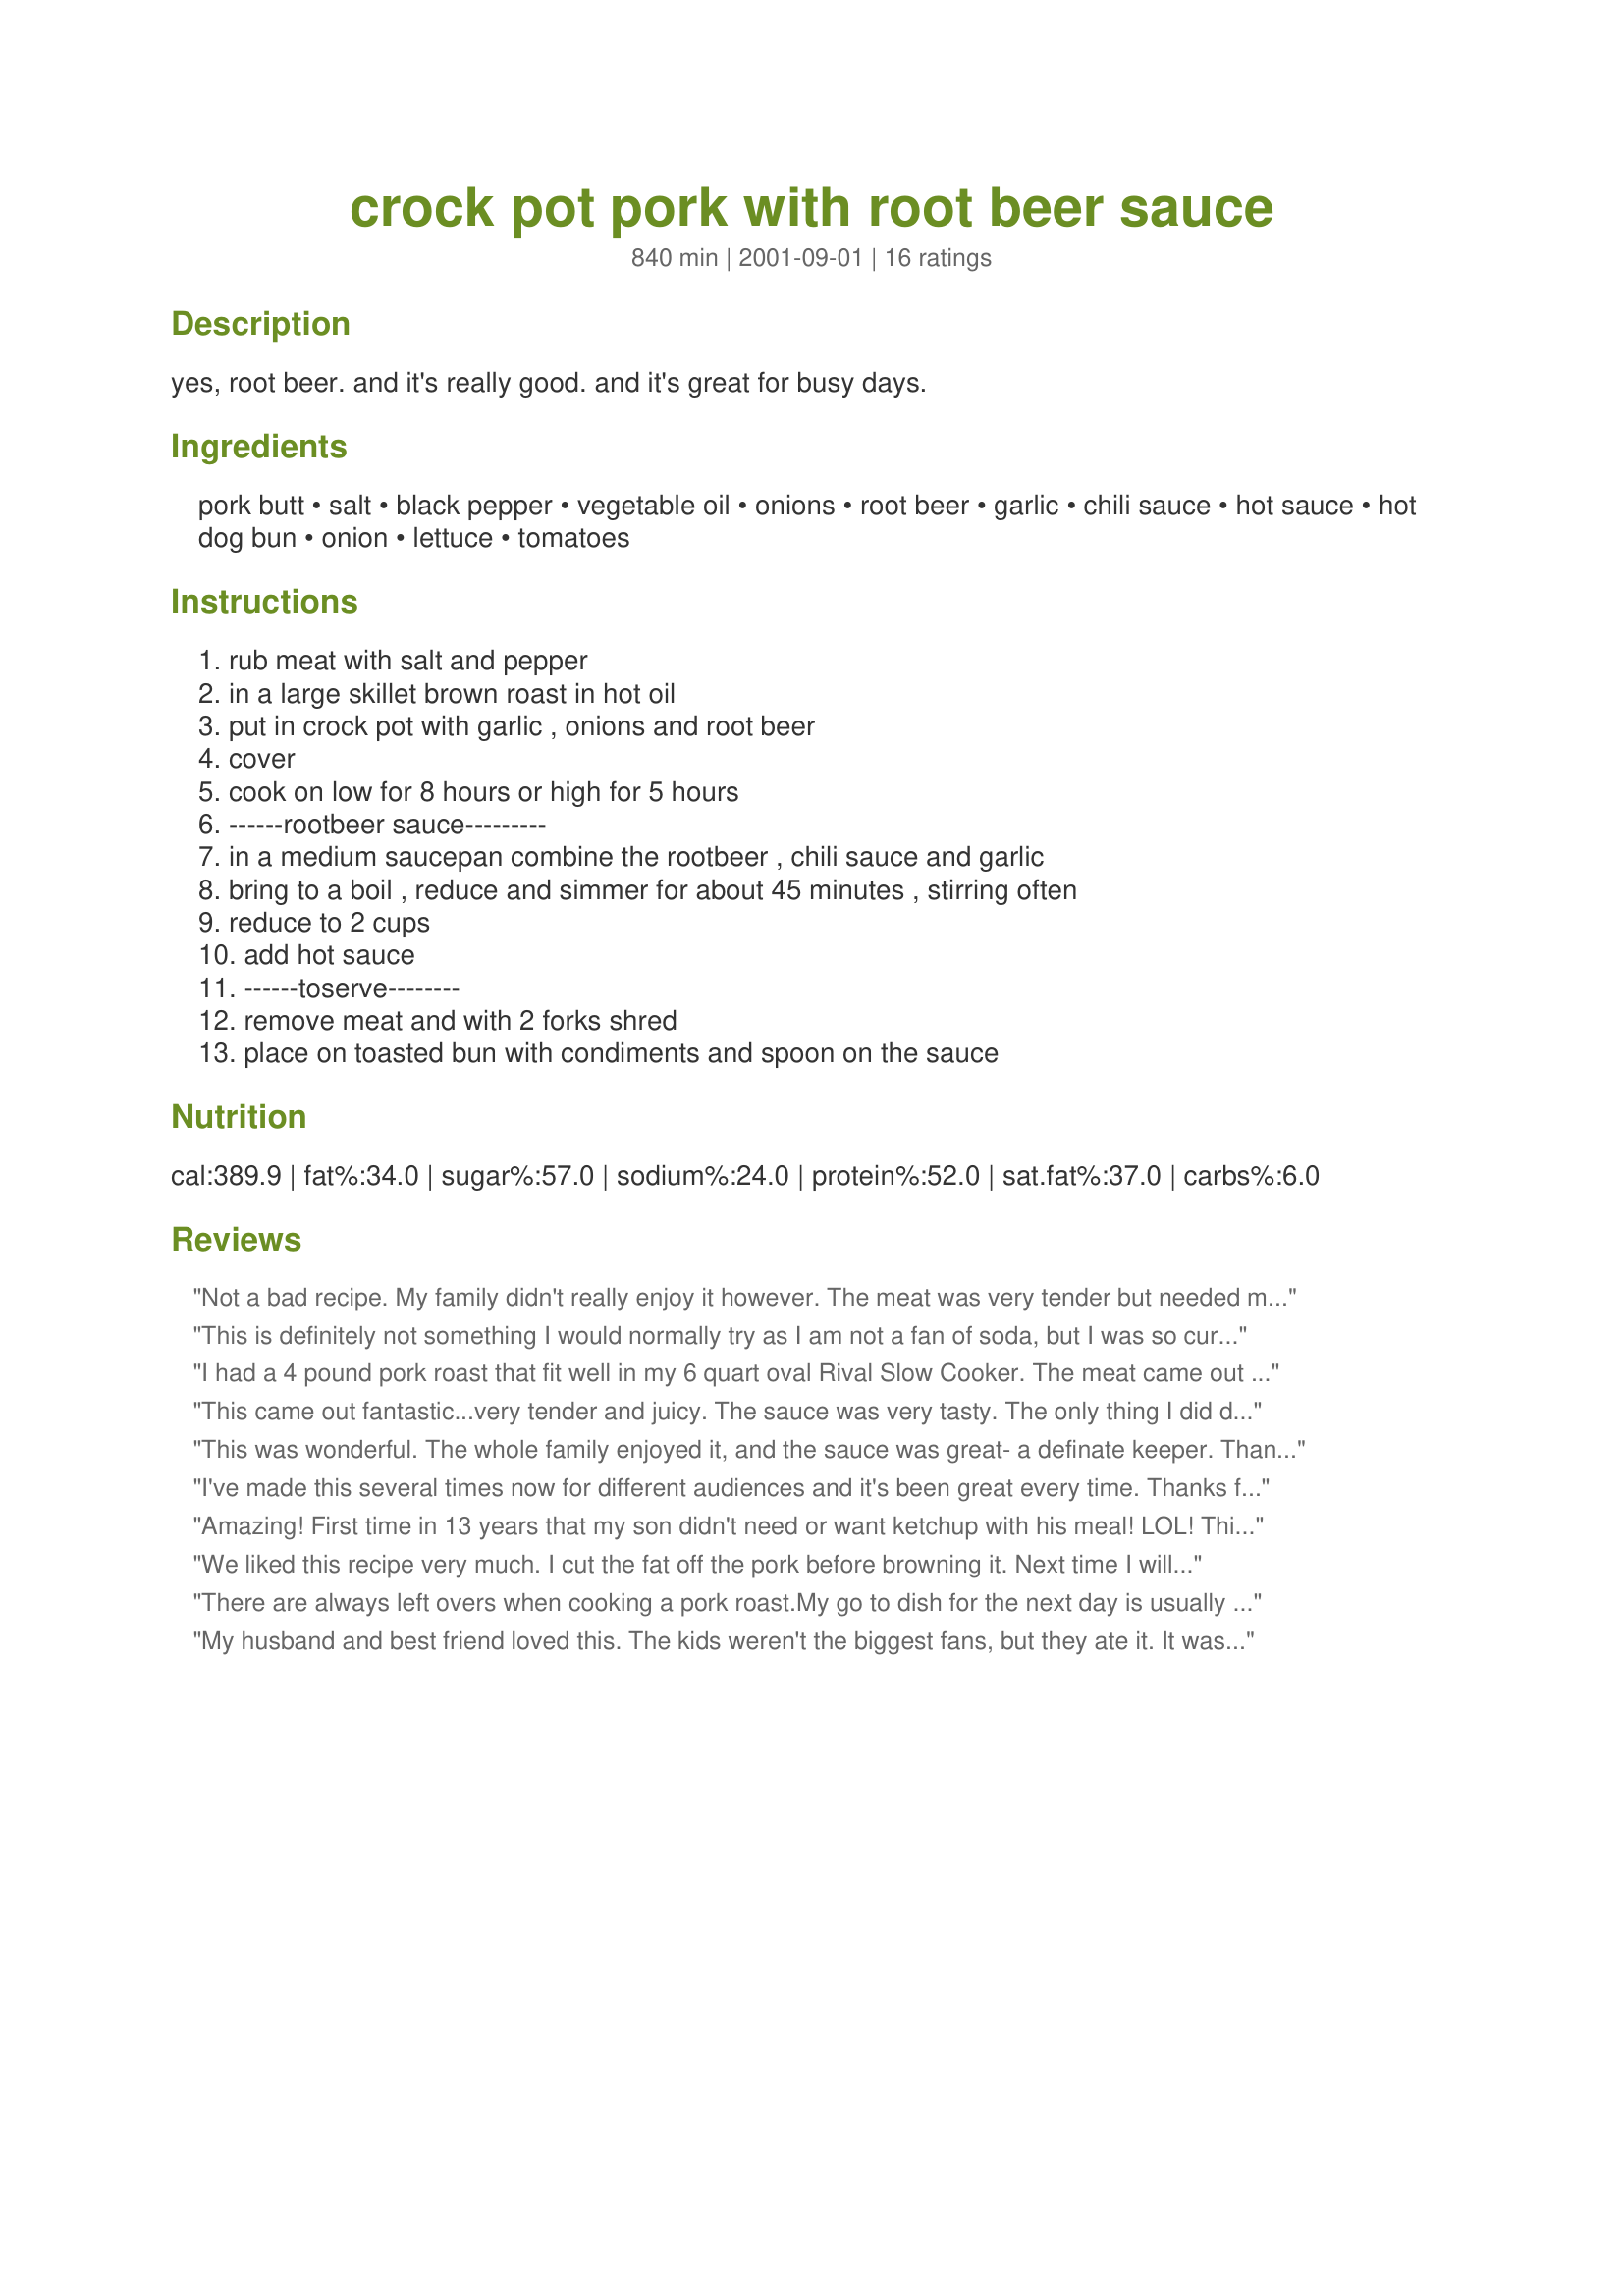
crock pot pork with root beer sauce
Preparation time: 840 minutes

yes, root beer. and it's really good. and it's great for busy days.

Ingredients:
pork butt, salt, black pepper, vegetable oil, onions, root beer, garlic, chili sauce, hot sauce, hot dog bun, onion, lettuce, tomatoes

Steps:
rub meat with salt and pepper, in a large skillet brown roast in hot oil, put in crock pot with garlic , onions and root beer, cover, cook on low for 8 hours or high for 5 hours, ------rootbeer sauce---------, in a medium saucepan combine the rootbeer , chili sauce and garlic, bring to a boil , reduce and simmer for about 45 minutes , stirring often, reduce to 2 cups, add hot sauce, ------toserve--------, remove meat and with 2 forks shred, place on toasted bun with condiments and spoon on the sauce

Reviews:
Not a bad recipe. My family didn't really enjoy it however. The meat was very tender but needed more seasoning. Also my sauce never got thick. All in all we preferred BBQ sauce on the meat.
This is definitely not something I would normally try as I am not a fan of soda, but I was so curious to see what it would taste like. I used A&W root beer. It was pretty good, not something I would likely make again but I am glad I tried it! I found that the root beer flavour was quite tame and mild in the actual pork roast, but in the sauce it was more noticeable. My sauce thickened well and I love the sweet and spicy flavour. Thanks for an adventurous recipe!
I had a 4 pound pork roast that fit well in my 6 quart oval Rival Slow Cooker. The meat came out tender but had difficulty with sauce thickening. After roast was done, I pulled off the fat before shredding the meat. I placed the meat into a bowl and poured the sauce over it. Served it on small Italian hoagie bun. I am sorry to say that my family preferred BBQ pulled pork to this recipe. It wasn't really anything wrong with the recipe except we prefer a stronger taste than this recipe offered.
This came out fantastic...very tender and juicy. The sauce was very tasty. The only thing I did different was adding more hot sauce than the recipe calls for. The heat was a good compliment to the sweetness of the sauce.
This was wonderful. The whole family enjoyed it, and the sauce was great- a definate keeper. Thanks for posting.
I've made this several times now for different audiences and it's been great every time. Thanks for a super recipe!
Amazing! First time in 13 years that my son didn't need or want ketchup with his meal! LOL! This is definitely a new family favorite!
We liked this recipe very much. I cut the fat off the pork before browning it. Next time I will double the sauce recipe. My husband couldn't get enough of this sandwich. 
The pork would not fit in my crockpot so I cooked on low all day on the stove in a covered kettle.
There are always left overs when cooking a pork roast.<br/>My go to dish for the next day is usually chile verde...but this time I was cooking for a ".not too spicy" audience....so I googled and saw hundreds of root beer pulled pork recipes.<br/>I tried this one and felt the need to tell folks that are skeptical about the flavors...<br/>you are right...be wary.<br/>The flavors do taste odd...sticky and sweet, like drinking from a bottle of soda after it has been sitting outside all day in the sun, flat. The leftovers made me sickish....if fact I should toss the rest right now.
My husband and best friend loved this. The kids weren't the biggest fans, but they ate it. It was definitely easy, and I didn't have a problem getting the sauce to reduce. Thanks DiB's.
It's a Big Fav in my house! Everyone loves this recipe. I don't use my any hot sauce but thats just me. The key is slow cooking the rootbeer sauce. if you don't cook it long enough it's too strong. My husband go nuts over this stuff. And i use just about any type of pork roast i have and they all have gotten the job done right.
Nice flavor in the sauce. I cut back on the onions.
this was good tasting but for as long as it took I was expecting more. I also had trouble with the sauce. It didn't thicken at all.
Not all that great the sauce was to over powering. The whole house reeked! Sorry it really wasn't for me.
This was pretty darn good! Myself, I'm usually not all that keen on the larger cuts of meat, but I really enjoyed this. The root beer (I used A&W) not only makes for a very tender cut of pork but it makes for a very flavorful sauce. I purchased the Heinz chili sauce as you suggested and I liked the combination of heat and sweet (cooking the sauce really creates an appetite from the wonderful smell wafting throughout the house). The whole family cleaned up on this dish and I would definitely make this again. I'm submitting a photo in gratitude Diana, and I thank you once again for sharing such a delicious recipe!
This was pretty good but I think I may have used the wrong cut of pork (Boneless pork loin). It didn't come out as tender as I had hoped but it was still very tasty and the entire think got eaten up in less then a day. I used the onions from the crock pot on the sandwiches after I drained them. Was really good and I will make this one again.
